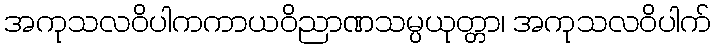
အကုသလဝိပါကကာယဝိညာဏသမ္ပယုတ္တာ၊ အကုသလဝိပါက်